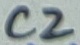
Text: C2